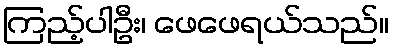
ကြည့်ပါဦး၊ ဖေဖေရယ်သည်။